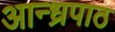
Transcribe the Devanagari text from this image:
आन्ध्रपाठ